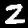
Label: 2